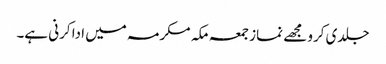
جلدی کرو مجھے نماز جمعہ مکہ مکرمہ میں ادا کرنی ہے۔